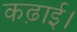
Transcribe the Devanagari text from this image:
कढ़ाई।